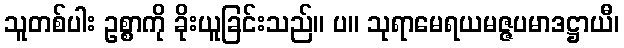
သူတစ်ပါး ဥစ္စာကို ခိုးယူခြင်းသည်။ ပ။ သုရာမေရယမဇ္ဇပမာဒဋ္ဌာယီ၊